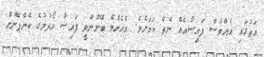
އަތުގައި އެއްވެސް ފައިސާއެއް ނެތް ކަމަށެވެ. އެހެންވެ ބޭނުންވީ ފައިސާ ހޯދުމުގެ ކެންޕޭނަށް